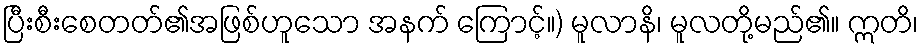
ပြီးစီးစေတတ်၏အဖြစ်ဟူသော အနက် ကြောင့်။) မူလာနိ၊ မူလတို့မည်၏။ ဣတိ၊